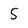
Character: 5